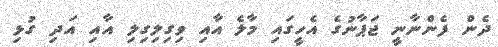
ދެން ފެންނާނީ ޖަޕާނުގެ އެހީގައި މާލެ އާއި ވިގިލިގިލި އާއި އަދި ގުޅި